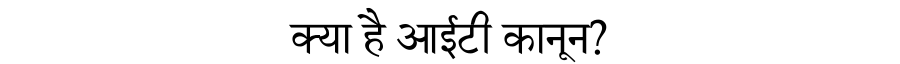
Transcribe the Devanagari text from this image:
क्या है आईटी कानून?